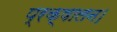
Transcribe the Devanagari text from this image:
प्रक्षालन।